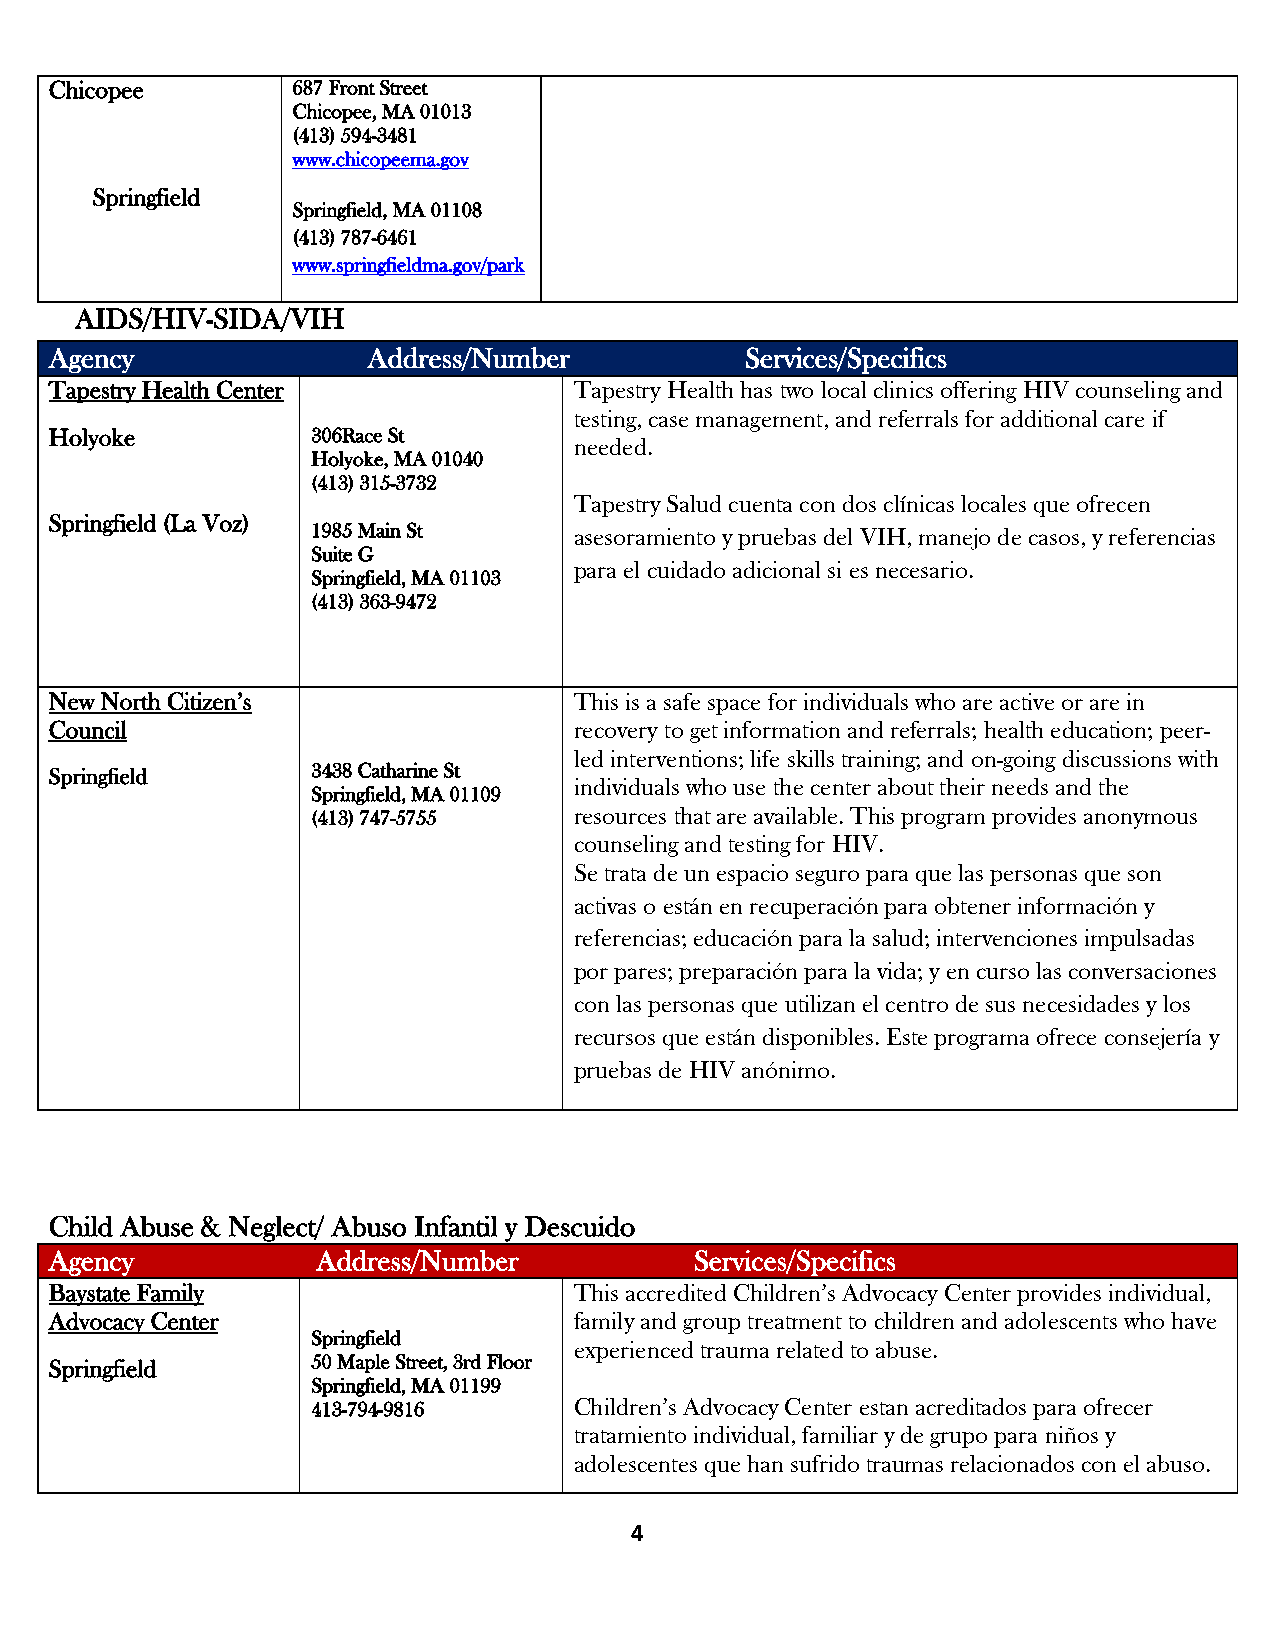
Chicopee        687 Front Street
 Chicopee, MA 01013
 (413) 594-3481
 www.chicopeema.gov
 Springfield
 Springfield, MA 01108
 (413) 787-6461
 www.springfieldma.gov/park
 AIDS/HIV-SIDA/VIH
 Agency               Address/Number           Services/Specifics
 Tapestry Health Center             Tapestry Health has two local clinics offering HIV counseling and
 testing, case management, and referrals for additional care if
 Holyoke           306Race St
 needed.
 Holyoke, MA 01040
 (413) 315-3732
 Tapestry Salud cuenta con dos clínicas locales que ofrecen
 Springfield (La Voz)
 1985 Main St     asesoramiento y pruebas del VIH, manejo de casos, y referencias
 Suite G
 para el cuidado adicional si es necesario.
 Springfield, MA 01103
 (413) 363-9472
 New North Citizen’s                This is a safe space for individuals who are active or are in
 Council                            recovery to get information and referrals; health education; peer-
 led interventions; life skills training; and on-going discussions with
 Springfield       3438 Catharine St
 individuals who use the center about their needs and the
 Springfield, MA 01109
 (413) 747-5755   resources that are available. This program provides anonymous
 counseling and testing for HIV.
 Se trata de un espacio seguro para que las personas que son
 activas o están en recuperación para obtener información y
 referencias; educación para la salud; intervenciones impulsadas
 por pares; preparación para la vida; y en curso las conversaciones
 con las personas que utilizan el centro de sus necesidades y los
 recursos que están disponibles. Este programa ofrece consejería y
 pruebas de HIV anónimo.
 Child Abuse & Neglect/ Abuso Infantil y Descuido
 Agency            Address/Number           Services/Specifics
 Baystate Family                    This accredited Children’s Advocacy Center provides individual,
 Advocacy Center                    family and group treatment to children and adolescents who have
 Springfield
 experienced trauma related to abuse.
 Springfield       50 Maple Street, 3rd Floor
 Springfield, MA 01199
 413-794-9816     Children’s Advocacy Center estan acreditados para ofrecer
 tratamiento individual, familiar y de grupo para niños y
 adolescentes que han sufrido traumas relacionados con el abuso.
 4